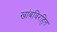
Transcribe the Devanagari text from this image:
खांबविरहित